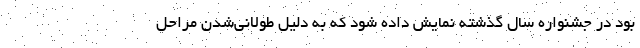
بود در جشنواره سال گذشته نمایش داده شود که به دلیل طولانی‌شدن مراحل